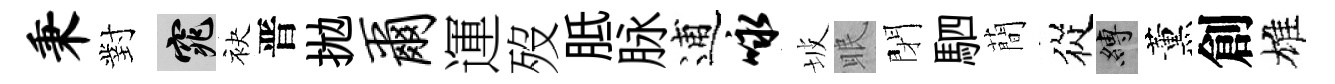
秉對窕袂晋拋尔運歿胝脉逋咏坡眠閉駟蕳從縛薰創雄